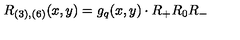
R _ { ( 3 ) , ( 6 ) } ( x , y ) = g _ { q } ( x , y ) \cdot R _ { + } R _ { 0 } R _ { - }